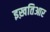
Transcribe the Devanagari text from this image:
इख़तिआर